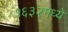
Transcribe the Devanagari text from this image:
१६३२मध्ये